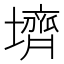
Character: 𪤪